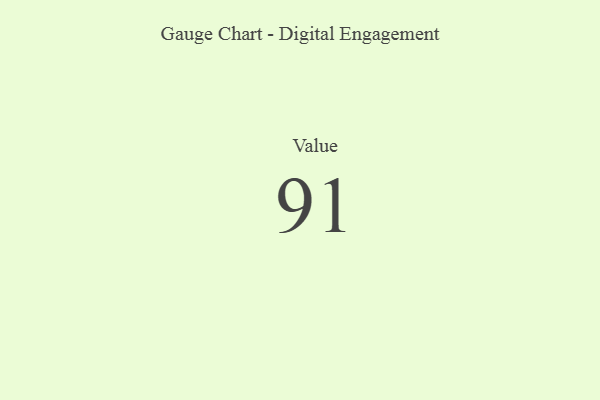
{"axis": {"x": "Metric", "y": "Value"}, "legend": [""], "data": [{"x": "Value", "y": 91, "type": ""}]}